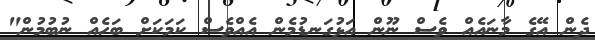
ދެން އޭގެ މާނައެއް ވެސް ނޫން އަޅުގަނޑުމެން އެއްވެސް ކަމަކަށް ބަހެއް ނުބުމުން"